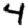
Digit: 4